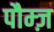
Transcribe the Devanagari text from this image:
पौम्ज़